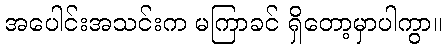
အပေါင်းအသင်းက မကြာခင် ရှိတော့မှာပါကွာ။